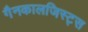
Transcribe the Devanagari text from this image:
गैनकालजिस्ट्स